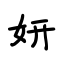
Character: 妍